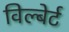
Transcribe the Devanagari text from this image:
विल्बेर्ट